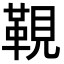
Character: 䩤